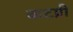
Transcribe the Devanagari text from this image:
कटप्री